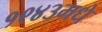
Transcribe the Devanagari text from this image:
१९४३मधे